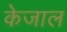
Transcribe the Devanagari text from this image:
केजाल